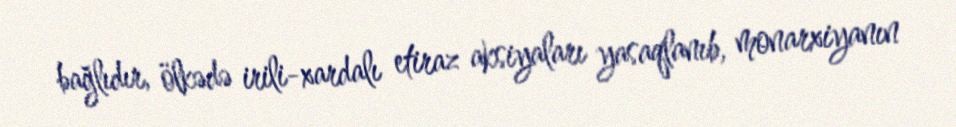
bağlıdır, ölkədə irili-xardalı etiraz aksiyaları yasaqlanıb, monarxiyanın